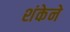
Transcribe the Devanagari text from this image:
शंकेने